Indian Civil Veterinary Department memoirs
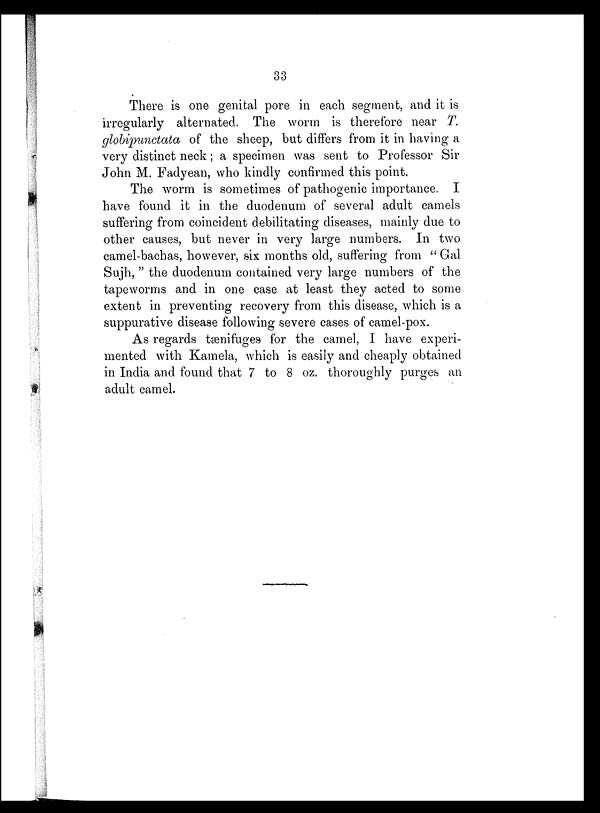
33
There is one genital pore in each segment, and it is
irregularly alternated. The worm is therefore near T.
globipunctata of the sheep, but differs from it in having a
very distinct neck; a specimen was sent to Professor Sir
John M. Fadyean, who kindly confirmed this point.
The worm is sometimes of pathogenic importance. I
have found it in the duodenum of several adult camels
suffering from coincident debilitating diseases, mainly due to
other causes, but never in very large numbers. In two
camel-bachas, however, six months old, suffering from " Gal
Sujh, " the duodenum contained very large numbers of the
tapeworms and in one case at least they acted to some
extent in preventing recovery from this disease, which is a
suppurative disease following severe cases of camel-pox.
As regards tænifuges for the camel, I have experi-
mented with Kamela, which is easily and cheaply obtained
in India and found that 7 to 8 oz. thoroughly purges an
adult camel.